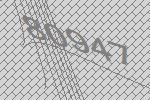
80947